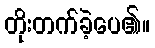
တိုးတက်ခဲ့ပေ၏။